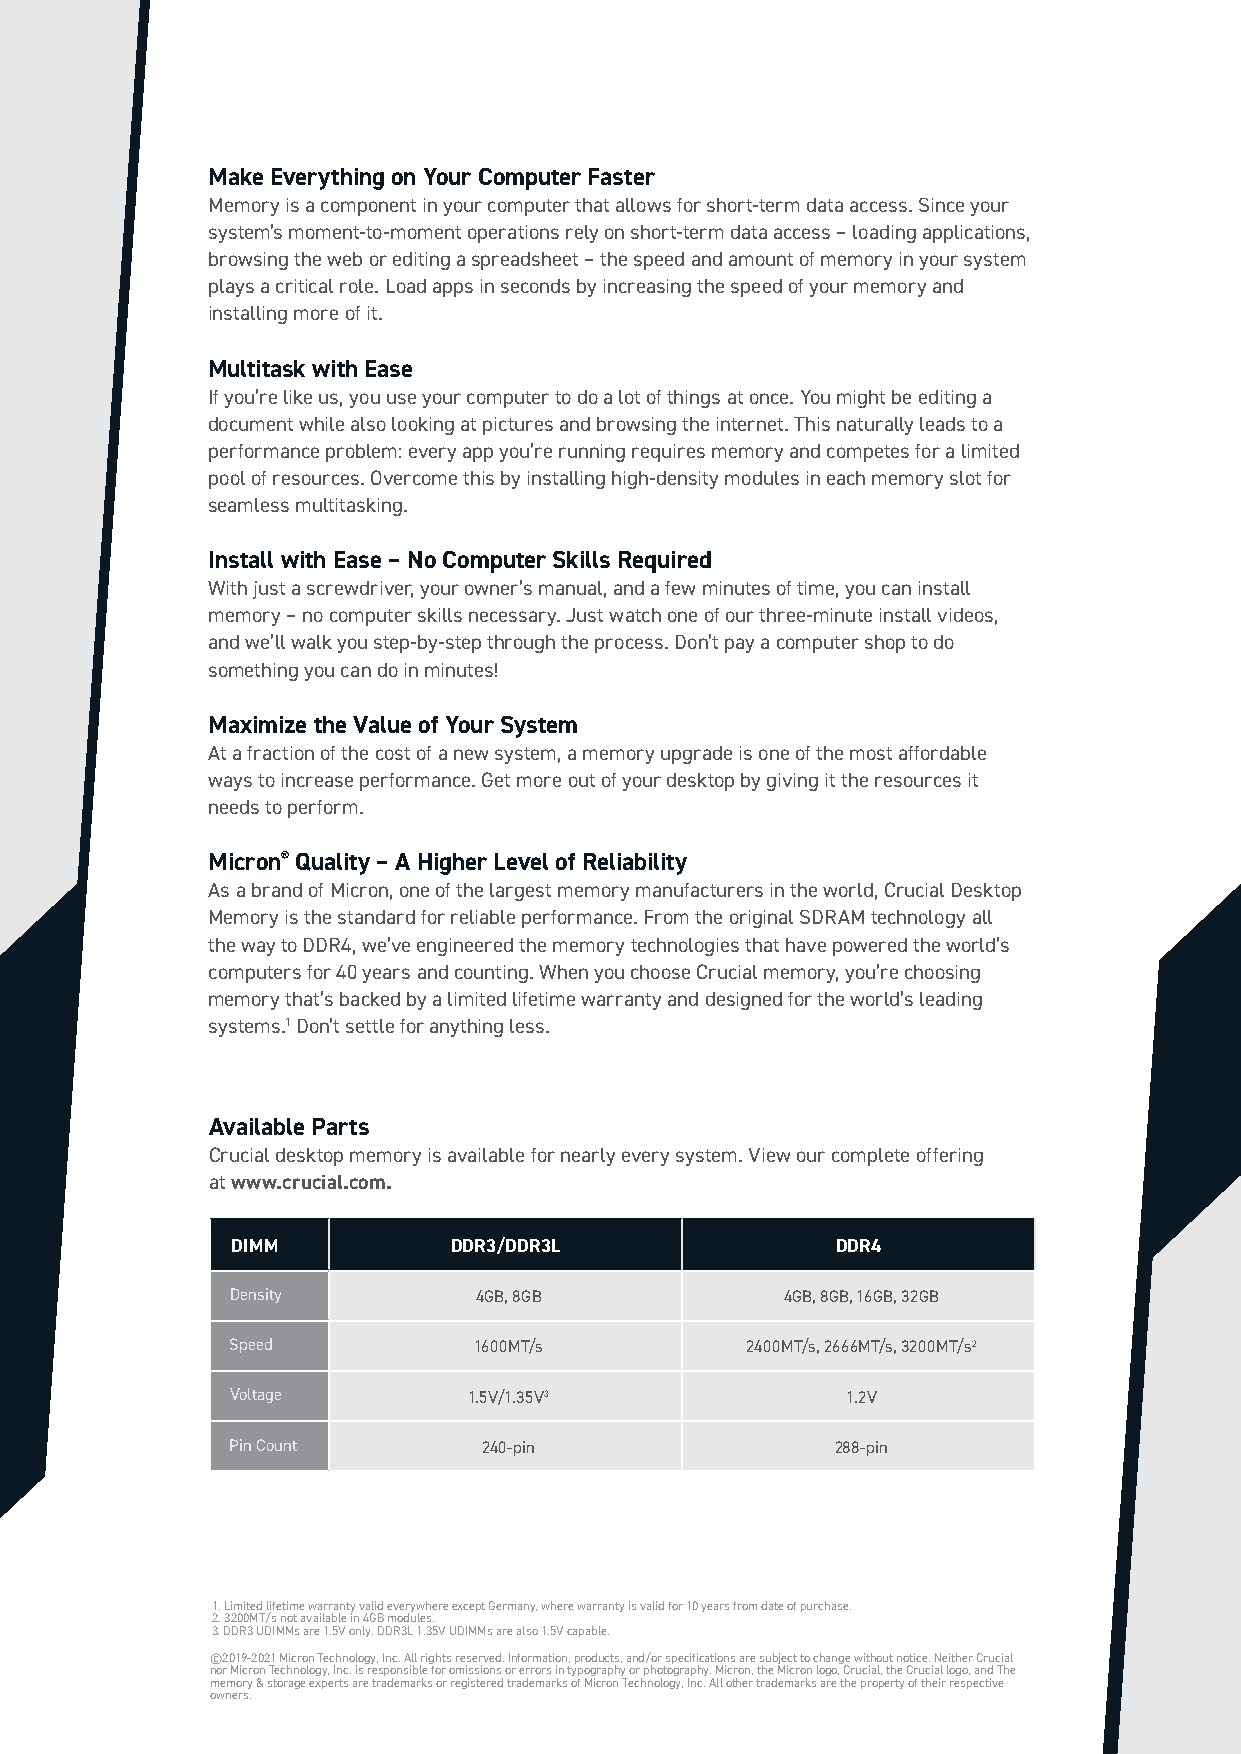
Make Everything on Your Computer Faster
 Memory is a component in your computer that allows for short-term data access. Since your
 system’s moment-to-moment operations rely on short-term data access – loading applications,
 browsing the web or editing a spreadsheet – the speed and amount of memory in your system
 plays a critical role. Load apps in seconds by increasing the speed of your memory and
 installing more of it.
 Multitask with Ease
 If you’re like us, you use your computer to do a lot of things at once. You might be editing a
 document while also looking at pictures and browsing the internet. This naturally leads to a
 performance problem: every app you’re running requires memory and competes for a limited
 pool of resources. Overcome this by installing high-density modules in each memory slot for
 seamless multitasking.
 Install with Ease – No Computer Skills Required
 With just a screwdriver, your owner’s manual, and a few minutes of time, you can install
 memory – no computer skills necessary. Just watch one of our three-minute install videos,
 and we’ll walk you step-by-step through the process. Don’t pay a computer shop to do
 something you can do in minutes!
 Maximize the Value of Your System
 At a fraction of the cost of a new system, a memory upgrade is one of the most affordable
 ways to increase performance. Get more out of your desktop by giving it the resources it
 needs to perform.
 Micron® Quality – A Higher Level of Reliability
 As a brand of Micron, one of the largest memory manufacturers in the world, Crucial Desktop
 Memory is the standard for reliable performance. From the original SDRAM technology all
 the way to DDR4, we’ve engineered the memory technologies that have powered the world’s
 computers for 40 years and counting. When you choose Crucial memory, you’re choosing
 memory that’s backed by a limited lifetime warranty and designed for the world’s leading
 systems.1 Don’t settle for anything less.
 Available Parts
 Crucial desktop memory is available for nearly every system. View our complete offering
 at www.crucial.com.
 DIMM           DDR3/DDR3L               DDR4
 Density         4GB, 8GB             4GB, 8GB, 16GB, 32GB
 Speed           1600MT/s          2400MT/s, 2666MT/s, 3200MT/s2
 Voltage         1.5V/1.35V3              1.2V
 Pin Count        240-pin                288-pin
 1. Limited lifetime warranty valid everywhere except Germany, where warranty is valid for 10 years from date of purchase.
 2. 3200MT/s not available in 4GB modules.
 3. DDR3 UDIMMs are 1.5V only. DDR3L 1.35V UDIMMs are also 1.5V capable.
 ©2019-2021 Micron Technology, Inc. All rights reserved. Information, products, and/or specifications are subject to change without notice. Neither Crucial
 nor Micron Technology, Inc. is responsible for omissions or errors in typography or photography. Micron, the Micron logo, Crucial, the Crucial logo, and The
 memory & storage experts are trademarks or registered trademarks of Micron Technology, Inc. All other trademarks are the property of their respective
 owners.